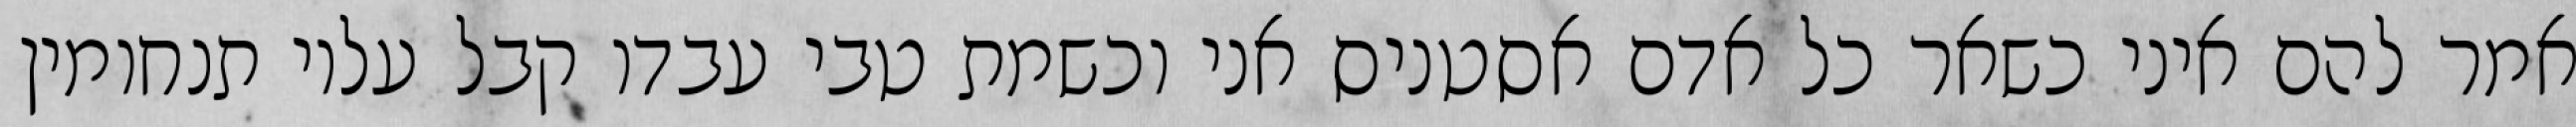
אמר להם איני כשאר כל אדם אסטניס אני וכשמת טבי עבדו קבל עליו תנחומין